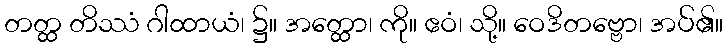
တတ္ထ တိဿံ ဂါထာယံ၊ ၌။ အတ္ထော၊ ကို။ ဧဝံ၊ သို့။ ဝေဒိတဗ္ဗော၊ အပ်၏။